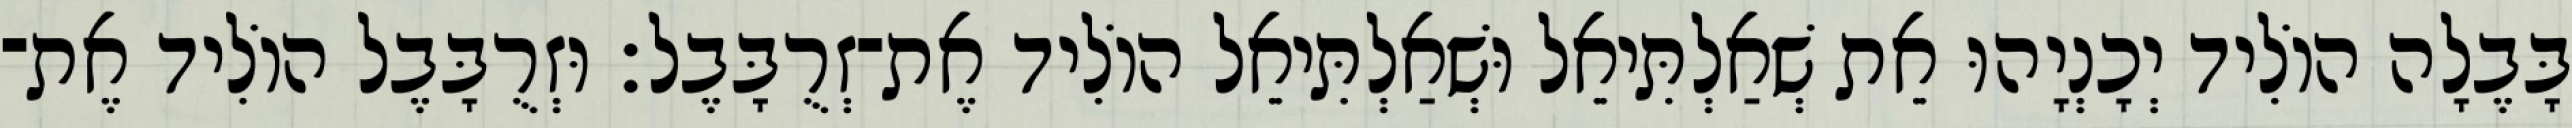
בָּבֶלָה הוֹלִיד יְכָנְיָהוּ אֵת שְׁאַלְתִּיאֵל וּשְׁאַלְתִּיאֵל הוֹלִיד אֶת־זְרֻבָּבֶל׃ וּזְרֻבָּבֶל הוֹלִיד אֶת־